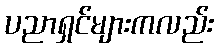
ပညာရှင်များကလည်း